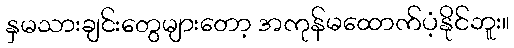
နှမသားချင်းတွေများတော့ အကုန်မထောက်ပံ့နိုင်ဘူး။